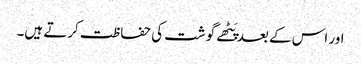
اور اس کے بعد پَٹھے گوشت کی حفاظت کرتے ہیں۔